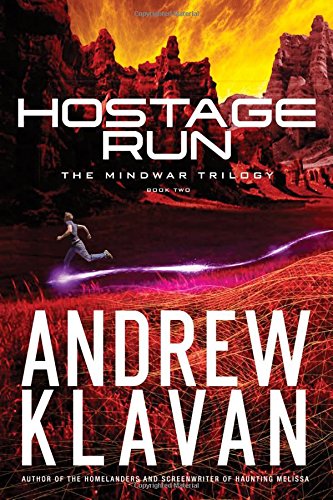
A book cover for Hostage Run (The MindWar Trilogy); Andrew Klavan; Teen & Young Adult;